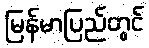
မြန်မာပြည်တွင်